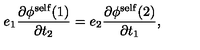
e _ { 1 } \frac { { \partial } { \phi } ^ { \mathrm { s e l f } } ( 1 ) } { { \partial } t _ { 2 } } = e _ { 2 } \frac { { \partial } { \phi } ^ { \mathrm { s e l f } } ( 2 ) } { { \partial } t _ { 1 } } ,